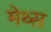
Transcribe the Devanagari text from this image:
मेथ्स